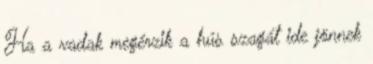
Ha a vadak megérzik a hús szagát ide jönnek